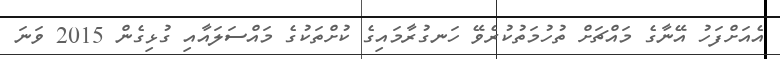
އެއަށްފަހު އޭނާގެ މައްޗަށް ތުހުމަތުކުރެވޭ ހަނގުރާމައިގެ ކުށްތަކުގެ މައްސަލައާއި ގުޅިގެން 2015 ވަނަ